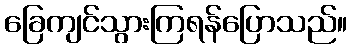
ခြေကျင်သွားကြရန်ပြောသည်။